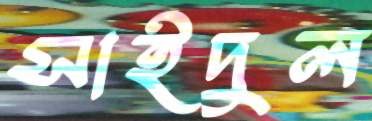
সাইদুল